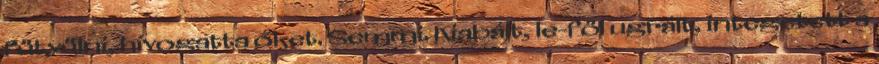
fütyülni, hívogatta őket. Semmi. Kiabált, le-föl ugrált, integetett a